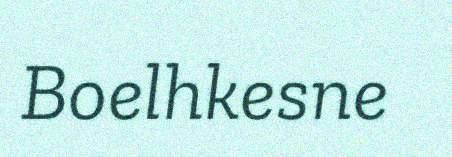
Boelhkesne